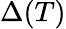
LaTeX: \Delta(T)